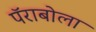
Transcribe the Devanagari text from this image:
पॅराबोला